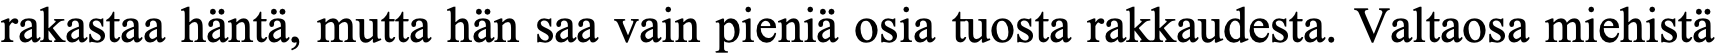
rakastaa häntä, mutta hän saa vain pieniä osia tuosta rakkaudesta. Valtaosa miehistä